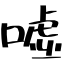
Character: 嘘